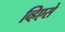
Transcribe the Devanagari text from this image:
व्हिएसे